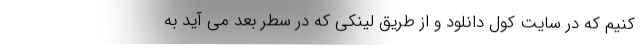
کنیم که در سایت کول دانلود و از طریق لینکی که در سطر بعد می آید به